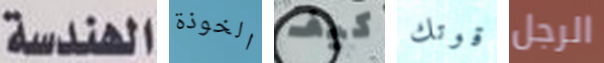
الهندسة الخوذة كيف قوتك الرجل